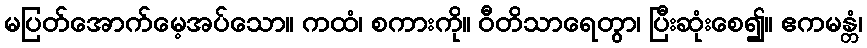
မပြတ်အောက်မေ့အပ်သော။ ကထံ၊ စကားကို။ ဝီတိသာရေတွာ၊ ပြီးဆုံးစေ၍။ ဧကမန္တံ၊